Lunatic asylums Madras 1877-1891 - 1877-1891
Year: 1877
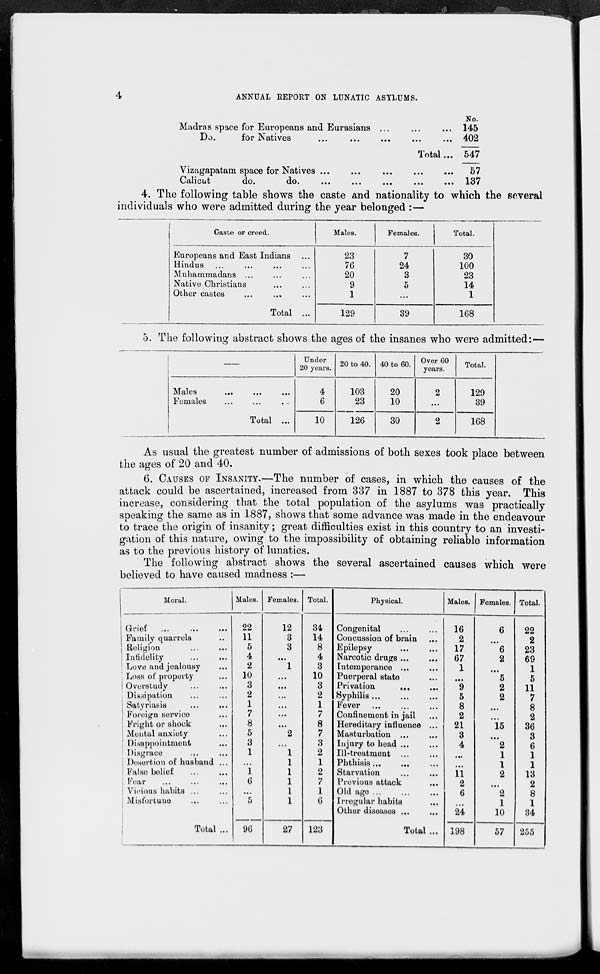
4
ANNUAL REPORT ON LUNATIC ASYLUMS.
Madras space for Europeans and Eurasians ... ... ...
Do.
for Natives
...
...
...
...
...
Total...
Vizagapatam space for Natives
...
...
...
...
...
Calicut
do.
do.
...
...
...
...
...
No.
145
402
547
57
137
4. The following table shows the caste and nationality to which the several
individuals who were admitted during the year belonged :—
Caste or creed.
Europeans and East Indians ...
Hindus ... ... ... ...
Muhammadans ... ... ...
Native Christians ... ...
Other castes ... ... ...
Total ...
Males.
23
76
20
9
1
129
Females.
7
24
3
5
...
39
Total.
30
100
23
14
1
168
5. The following abstract shows the ages of the insanes who were admitted:—
—
Males
...
...
...
Females ... ... ...
Total ...
Under
20 years.
4
6
10
20 to 40.
103
23
126
40 to 60.
20
10
30
Over 60
years.
2
...
2
Total.
129
39
168
As usual the greatest number of admissions of both sexes took place between
the ages of 20 and 40.
6. CAUSES OF INSANITY.—The number of cases, in which the causes of the
attack could be ascertained, increased from 337 in 1887 to 378 this year. This
increase, considering that the total population of the asylums was practically
speaking the same as in 1887, shows that some advance was made in the endeavour
to trace the origin of insanity; great difficulties exist in this country to an investi-
gation of this nature, owing to the impossibility of obtaining reliable information
as to the previous history of lunatics.
The following abstract shows the several ascertained causes which were
believed to have caused madness :—
Moral.
Grief ... ... ...
Family quarrels...
Religion ... ...
Infidelity... ..
Love and jealousy...
Loss of property...
Overstudy
...
..
Dissipation
...
..
Satyriasis
...
...
Foreign service...
Fright or shook...
Mental anxiety...
Disappointment...
Disgrace... ..
Desertion of husband ...
False belief
Fear
...
...
..
Vicious habits ... ..
Misfortune
...
..
Total ...
Males.
22
11
5
4
2
10
3
2
1
7
8
5
3
1
...
1
6
...
5
96
Females.
12
3
3
...
1
...
...
...
...
...
...
2
...
1
1
1
1
1
1
27
Total.
34
14
8
4
3
10
3
2
1
7
8
7
3
2
1
2
7
1
6
123
Physical.
Congenital
...
...
Concussion of brain ...
Epilepsy
...
...
Narcotic drugs ... ...
Intemperance
...
...
Puerperal state ...
Privation ... ...
Syphilis
...
...
...
Fever
...
...
...
Confinement in jail ...
Hereditary influence ...
Masturbation
...
...
Injury to head ... ...
Ill-treatment
...
...
Phthisis
...
...
Starvation
... ...
Previous attack
...
Old age
...
...
Irregular habits ...
Other diseases
...
...
Total ...
Males.
16
2
17
67
1
...
9
5
8
2
21
3
4
...
...
11
2
6
...
24
198
Females.
6
...
6
2
...
5
2
2
...
...
15
...
2
1
1
2
...
2
1
10
57
Total.
22
2
23
69
1
5
11
7
8
2
36
3
6
1
1
13
2
8
1
34
255